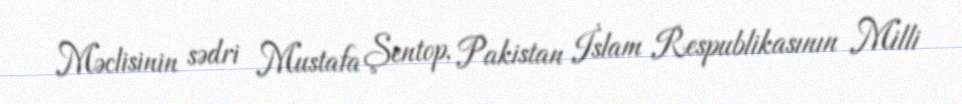
Məclisinin sədri Mustafa Şentop, Pakistan İslam Respublikasının Milli